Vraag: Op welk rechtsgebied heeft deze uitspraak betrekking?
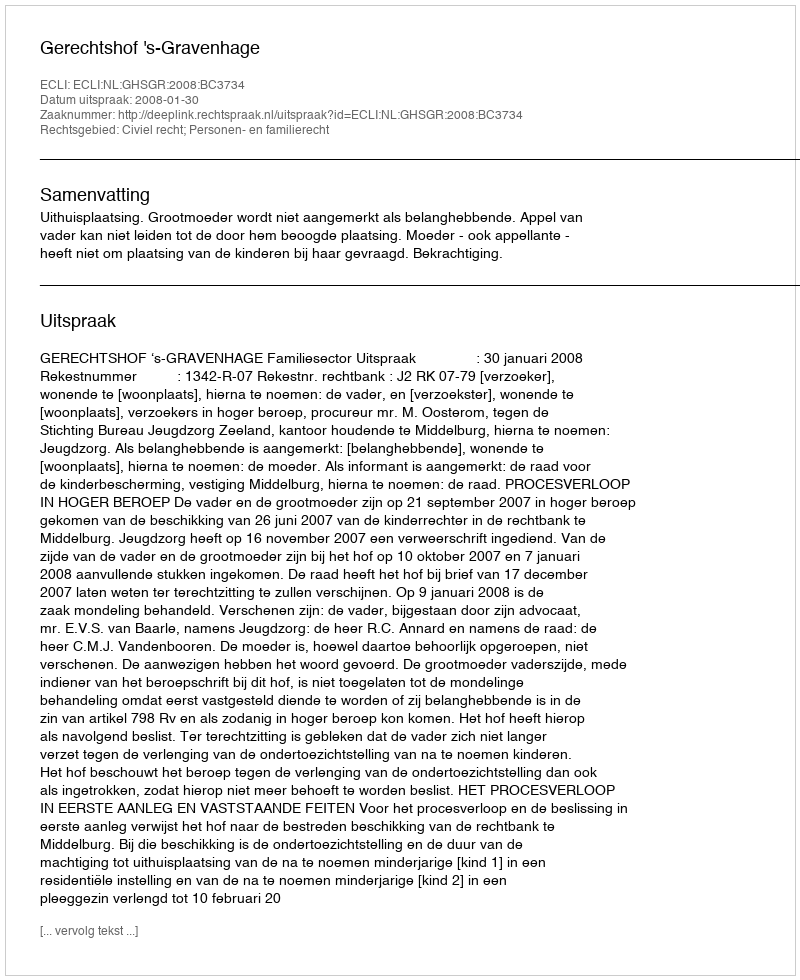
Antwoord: Civiel recht; Personen- en familierecht